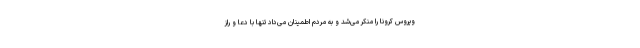
ویروس کرونا را منکر می‌شد و به مردم اطمینان می‌داد تنها با دعا و راز